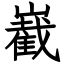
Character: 嶻